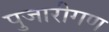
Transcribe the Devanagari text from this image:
पुजारीगण